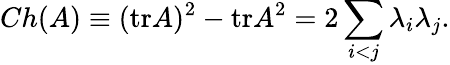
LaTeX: Ch(A)\equiv(\mathrm{tr}A)^{2}-\mathrm{tr}A^{2}=2\sum_{i<j}\lambda_{i}\lambda_{j}.